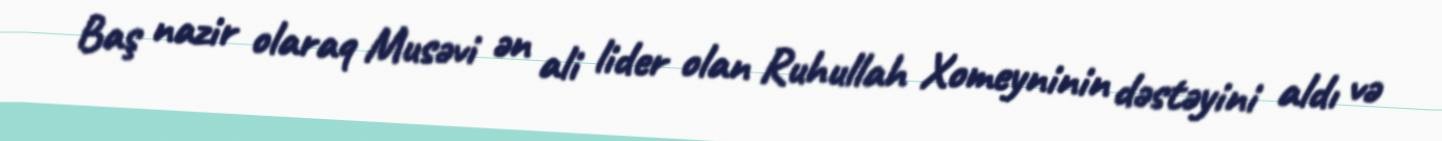
Baş nazir olaraq Musəvi ən ali lider olan Ruhullah Xomeyninin dəstəyini aldı və